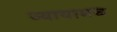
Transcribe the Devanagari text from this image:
व्यायामच